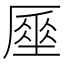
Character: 𠪪